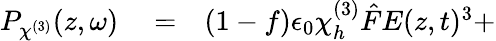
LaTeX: \begin{array}{rlr}{P_{\chi^{(3)}}(z,\omega)}&{{}=}&{(1-f)\epsilon_{0}\chi_{h}^{(3)}\hat{F}E(z,t)^{3}+}\end{array}